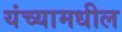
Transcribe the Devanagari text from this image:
यंच्यामधील